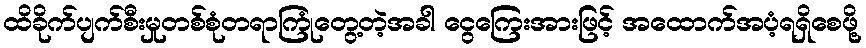
ထိခိုက်ပျက်စီးမှုတစ်စုံတရာကြုံတွေ့တဲ့အခါ ငွေကြေးအားဖြင့် အထောက်အပံ့ရရှိစေဖို့